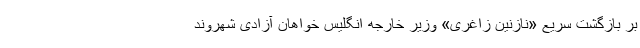
بر بازگشت سریع «نازنین زاغری» وزیر خارجه انگلیس خواهان آزادی شهروند